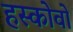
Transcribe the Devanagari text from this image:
हस्कोवो